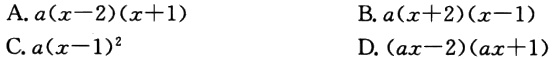
A. \(a(x - 2)(x + 1)\)

B. \(a(x + 2)(x - 1)\)

C. \(a(x - 1)^2\)

D. \((ax - 2)(ax + 1)\)